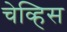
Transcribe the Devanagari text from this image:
चेव्हिस